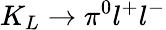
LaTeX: K_{L}\rightarrow\pi^{0}l^{+}l^{-}